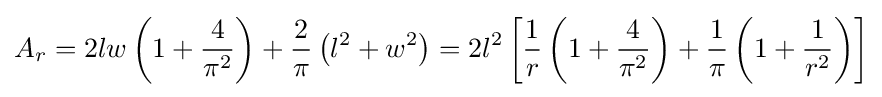
A_{r}=2lw\left(1+{\frac {4}{\pi ^{2}}}\right)+{\frac {2}{\pi }}\left(l^{2}+w^{2}\right)=2l^{2}\left[{\frac {1}{r}}\left(1+{\frac {4}{\pi ^{2}}}\right)+{\frac {1}{\pi }}\left(1+{\frac {1}{r^{2}}}\right)\right]